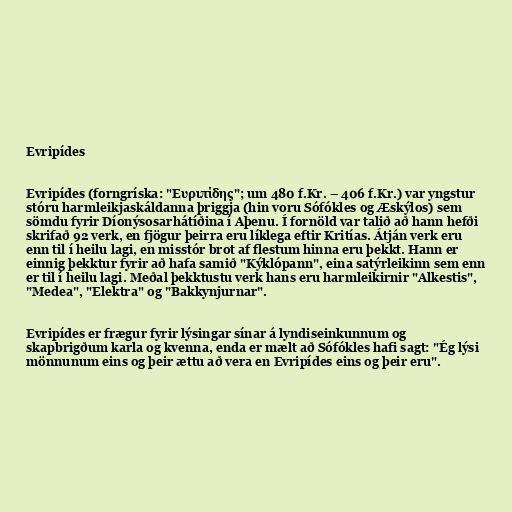
Evripídes

Evripídes (forngríska: "Ευριπίδης"; um 480 f.Kr. – 406 f.Kr.) var yngstur
stóru harmleikjaskáldanna þriggja (hin voru Sófókles og Æskýlos) sem
sömdu fyrir Díonýsosarhátíðina í Aþenu. Í fornöld var talið að hann hefði
skrifað 92 verk, en fjögur þeirra eru líklega eftir Kritías. Átján verk eru
enn til í heilu lagi, en misstór brot af flestum hinna eru þekkt. Hann er
einnig þekktur fyrir að hafa samið "Kýklópann", eina satýrleikinn sem enn
er til í heilu lagi. Meðal þekktustu verk hans eru harmleikirnir "Alkestis",
"Medea", "Elektra" og "Bakkynjurnar".

Evripídes er frægur fyrir lýsingar sínar á lyndiseinkunnum og
skapbrigðum karla og kvenna, enda er mælt að Sófókles hafi sagt: "Ég lýsi
mönnunum eins og þeir ættu að vera en Evripídes eins og þeir eru".